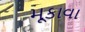
મૂકાવા